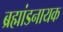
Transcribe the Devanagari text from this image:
ब्रह्मांडनायक